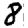
Digit: 8